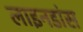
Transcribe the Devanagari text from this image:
लाइनडांस